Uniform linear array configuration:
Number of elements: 32
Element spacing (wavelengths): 1
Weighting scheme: kaiser
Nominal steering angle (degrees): -45
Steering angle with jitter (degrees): -45.996
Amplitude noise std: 0.05
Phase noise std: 0.05

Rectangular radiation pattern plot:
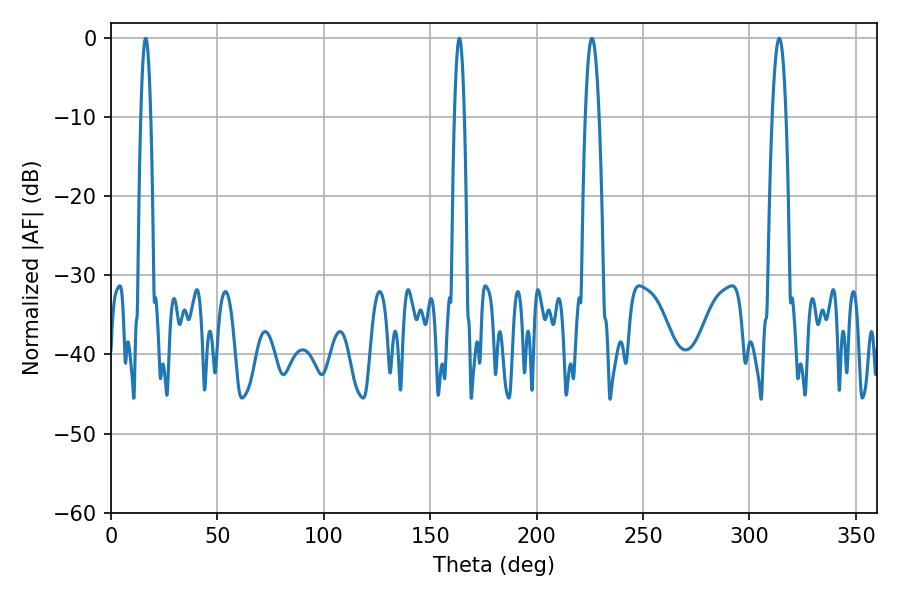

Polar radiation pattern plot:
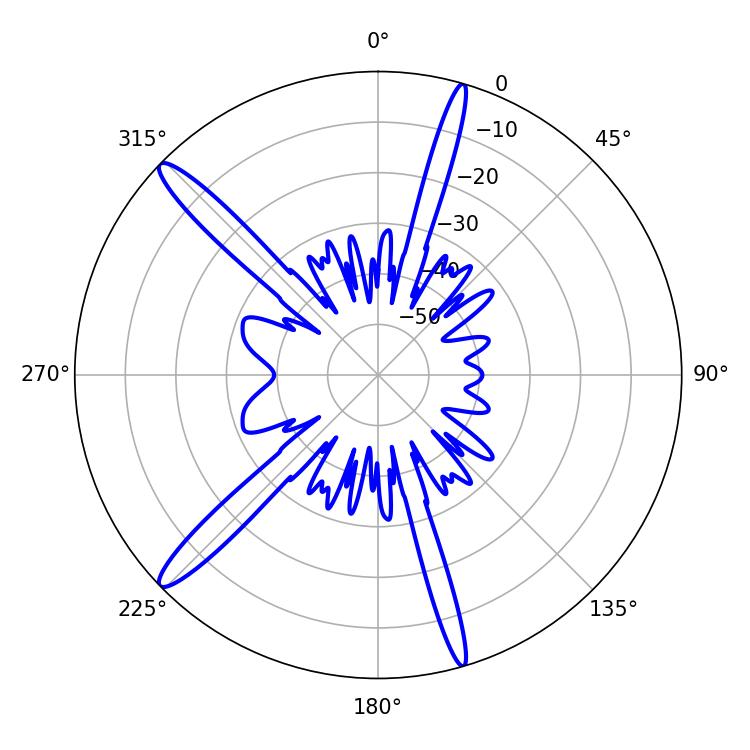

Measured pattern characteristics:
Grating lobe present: TRUE
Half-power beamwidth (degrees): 3.6
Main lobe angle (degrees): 226.08